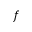
f